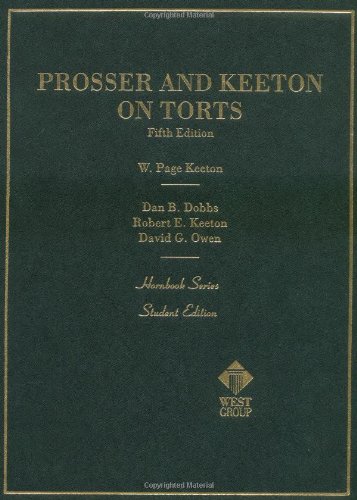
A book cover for Prosser and Keeton on Torts, 5th Edition; Law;